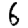
Digit: 6